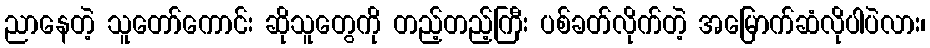
ညာနေတဲ့ သူတော်ကောင်း ဆိုသူတွေကို တည့်တည့်ကြီး ပစ်ခတ်လိုက်တဲ့ အမြောက်ဆံလိုပါပဲလား၊